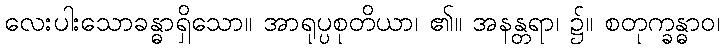
လေးပါးသောခန္ဓာရှိသော။ အာရုပ္ပစုတိယာ၊ ၏။ အနန္တရာ၊ ၌။ စတုက္ခန္ဓာဝ၊